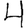
Digit: 4